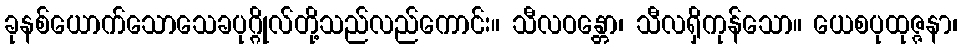
ခုနစ်ယောက်သောသေခပုဂ္ဂိုလ်တို့သည်လည်ကောင်း။ သီလဝန္တော၊ သီလရှိကုန်သော။ ယေစပုထုဇ္ဇနာ၊